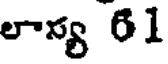
లాన్య 61